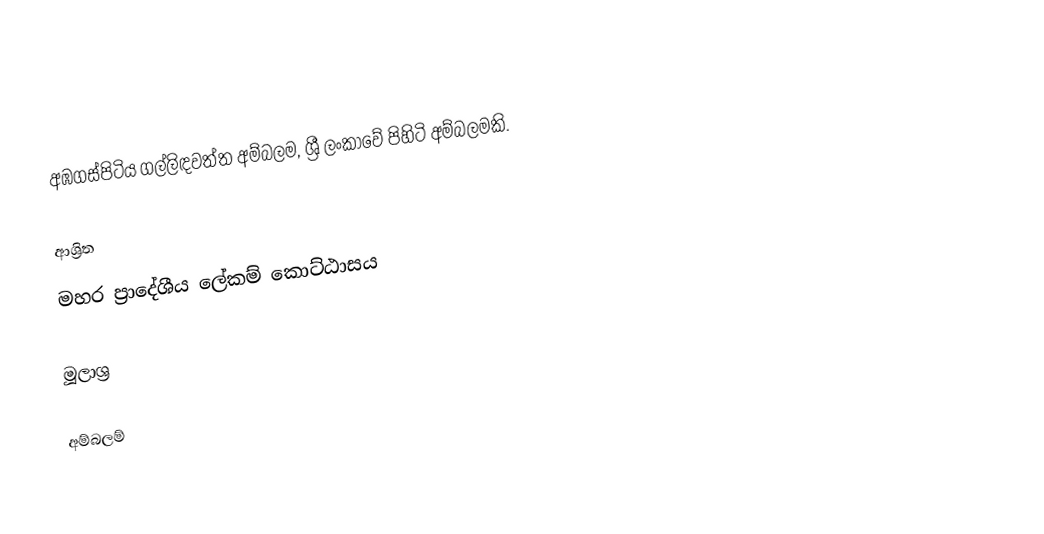
අඹගස්පිටිය ගල්ලිඳවත්ත අම්බලම, ශ්‍රී ලංකාවේ පිහිටි අම්බලමකි.

ආශ්‍රිත
 මහර ප්‍රාදේශීය ලේකම් කොට්ඨාසය

මූලාශ්‍ර

අම්බලම්